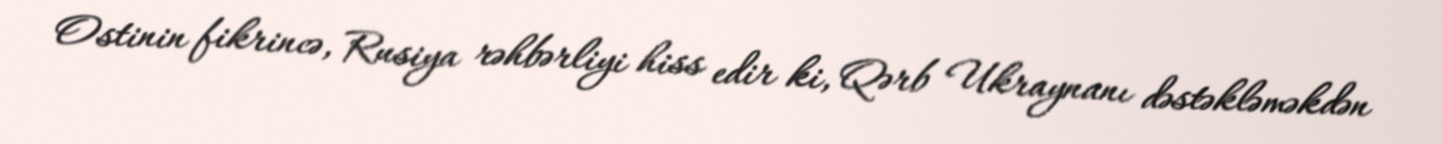
Ostinin fikrincə, Rusiya rəhbərliyi hiss edir ki, Qərb Ukraynanı dəstəkləməkdən